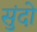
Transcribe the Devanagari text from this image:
सुंदो